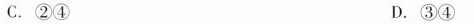
C.②④ D.③④